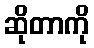
ဆိုတာကို